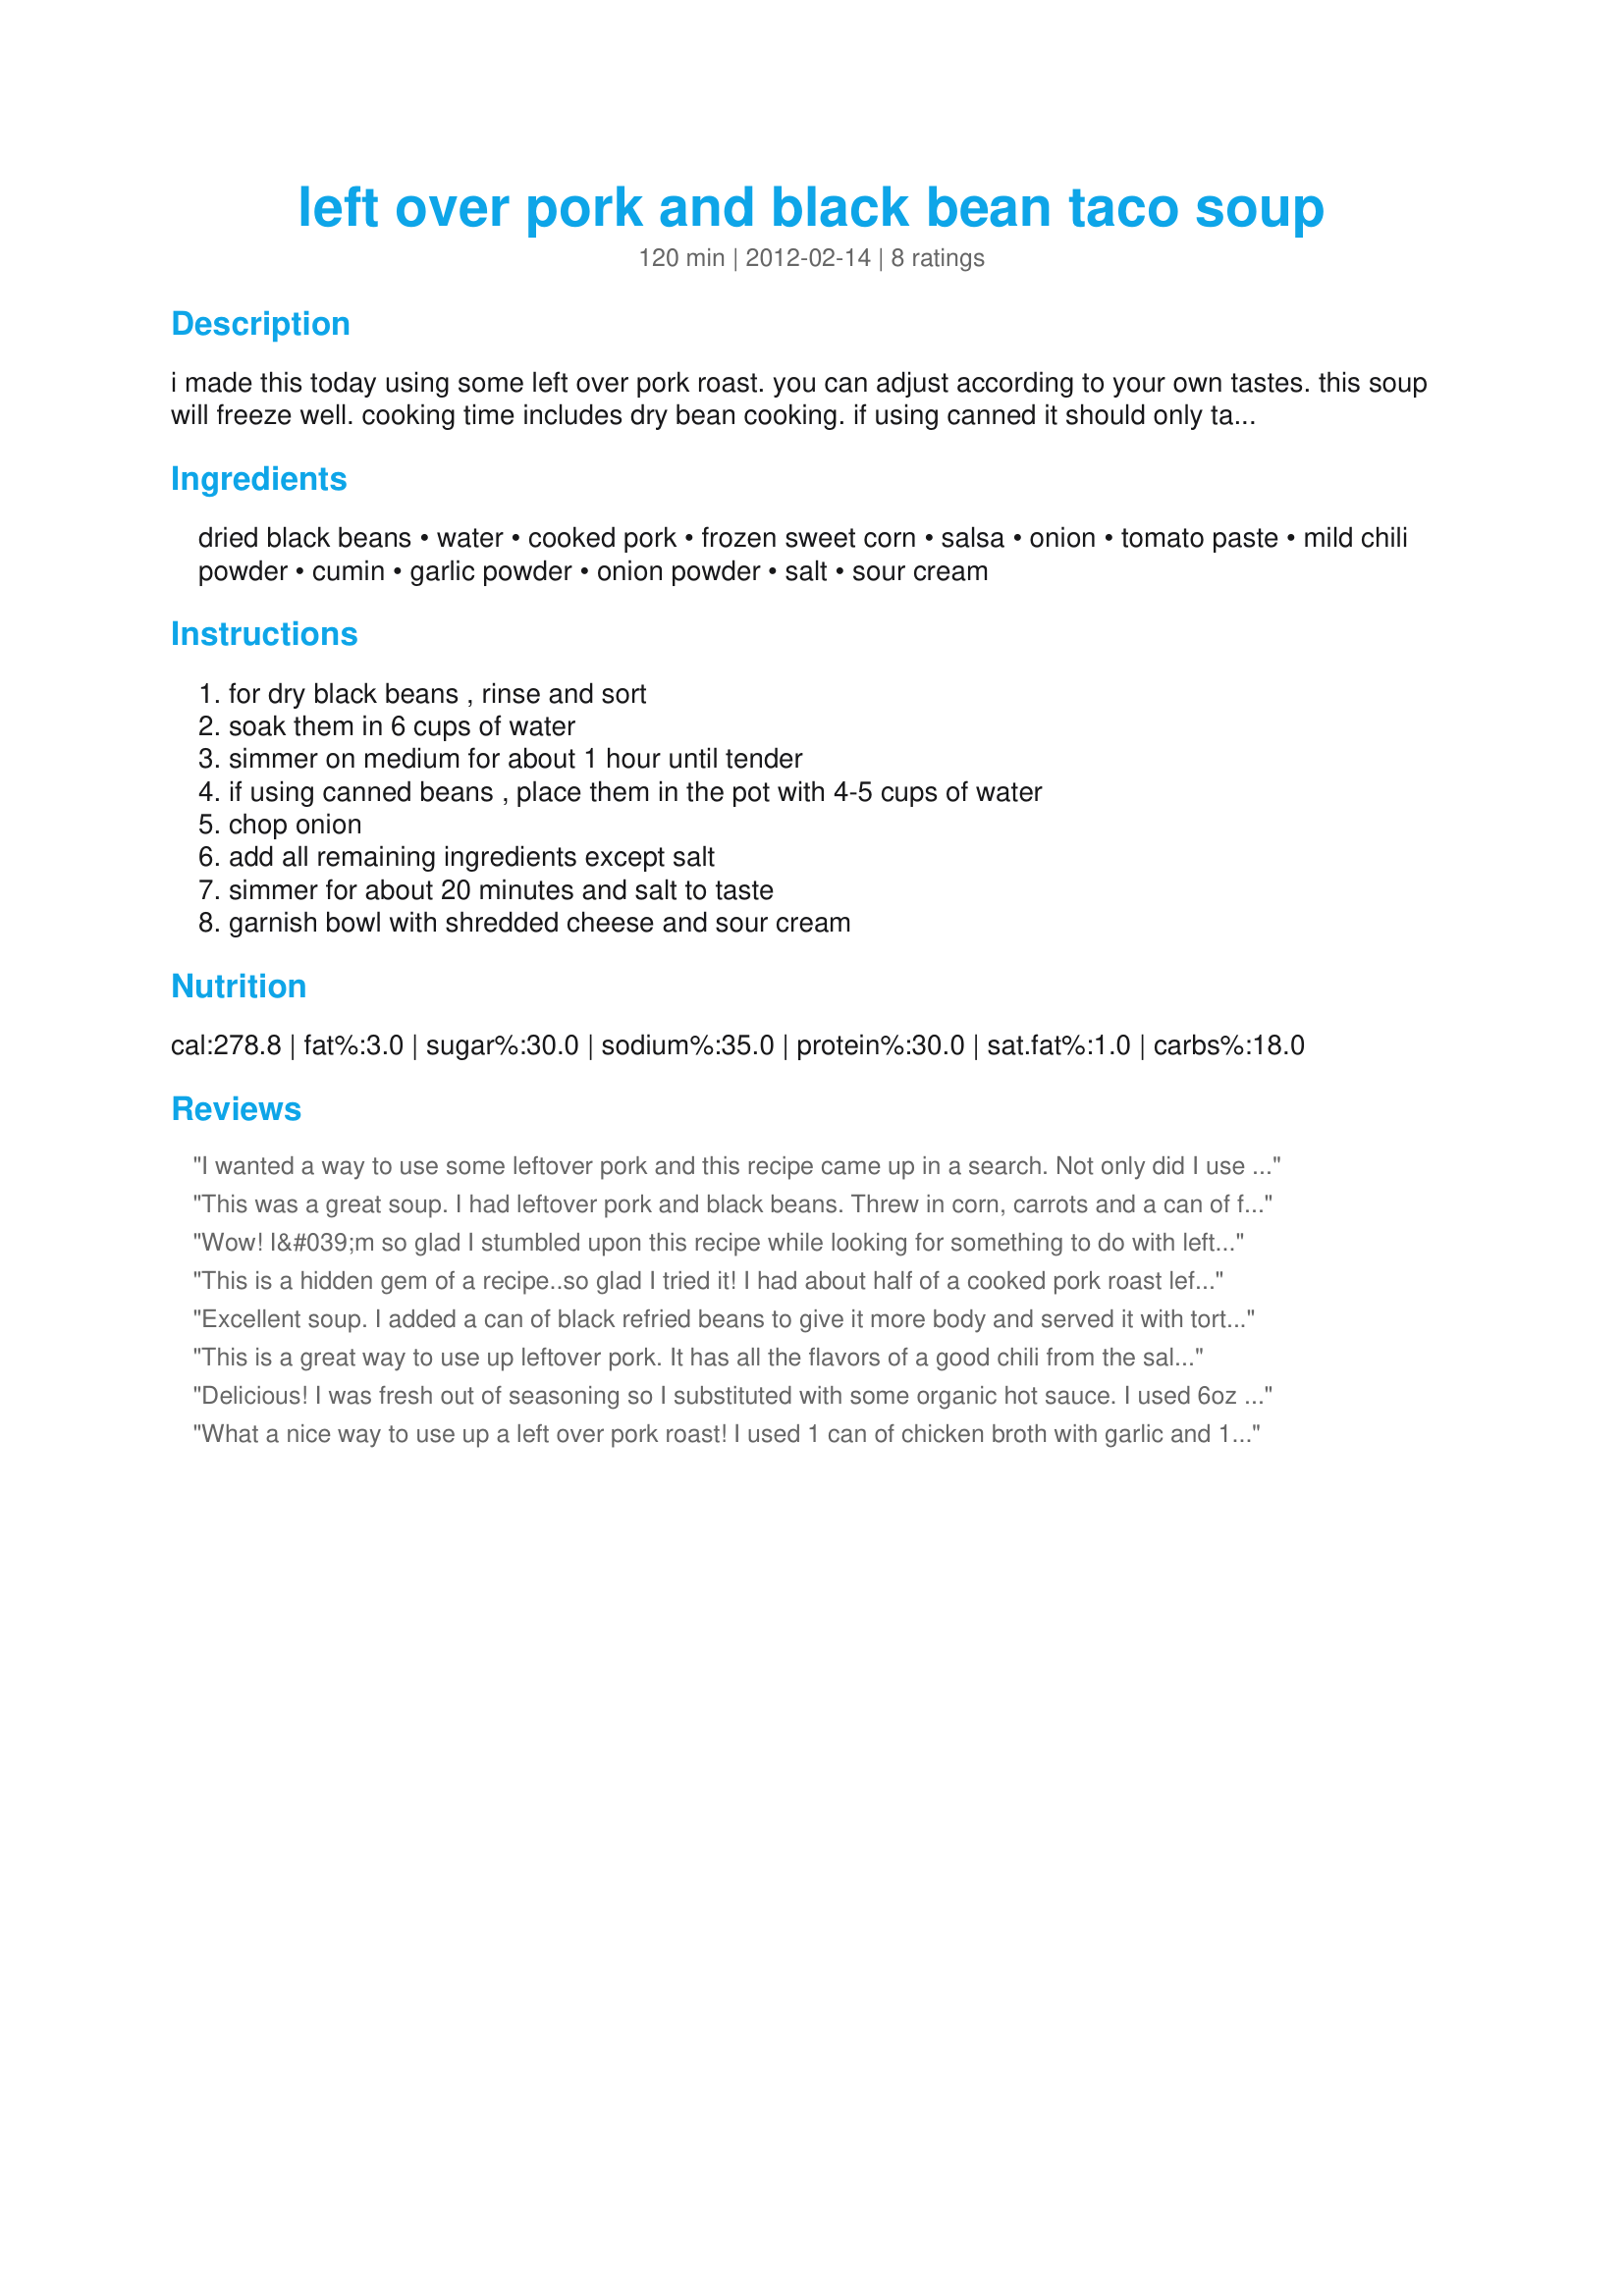
left over pork and black bean taco soup
Preparation time: 120 minutes

i made this today using some left over pork roast. you can adjust according to your own tastes. this soup will freeze well. cooking time includes dry bean cooking. if using canned it should only take 20 minutes.

Ingredients:
dried black beans, water, cooked pork, frozen sweet corn, salsa, onion, tomato paste, mild chili powder, cumin, garlic powder, onion powder, salt, sour cream

Steps:
for dry black beans , rinse and sort, soak them in 6 cups of water, simmer on medium for about 1 hour until tender, if using canned beans , place them in the pot with 4-5 cups of water, chop onion, add all remaining ingredients except salt, simmer for about 20 minutes and salt to taste, garnish bowl with shredded cheese and sour cream

Reviews:
I wanted a way to use some leftover pork and this recipe came up in a search. Not only did I use my leftover pork, but I also had all the ingredients on hand. I used canned beans and chicken bouillon. Most importantly the soup went together easily and tasted really good, a keeper.
This was a great soup. I had leftover pork and black beans. Threw in corn, carrots and a can of fire roasted tomatoes ?? (instead of the tomato paste since I only had cans and the squeeze tube was empty. The addition of the cumin and chili powder was a nice touch. I used homemade chicken bone broth instead of water. Great stuff and you can use whatever you have on hand. Oh, and I cooked it in my Instant Pot for 12 minutes. Yum.
Wow! I&#039;m so glad I stumbled upon this recipe while looking for something to do with leftover pork roast! I served the soup with cheesy quesadillas and My teenaged boys loved it and said it filled them up (surprise). What a great, hearty soup for a weekday night! I will definately make this again.
This is a hidden gem of a recipe..so glad I tried it! I had about half of a cooked pork roast left and didn't really want BBQ sandwiches all week so when I found this, it seemed perfect. I used chicken stock and canned beans and cooked for about 45 min with a little masa harina so it was a nice thick soup. The leftovers probably won't make it to the freezer, but they might fill a few tortillas. This is the newest addition to my cookbook, thanks!
Excellent soup. I added a can of black refried beans to give it more body and served it with tortilla chips. This is a keeper.
This is a great way to use up leftover pork. It has all the flavors of a good chili from the salsa, cumin, and chili powder, and lots of texture from the corn and beans. I used chicken stock instead of water, but otherwise made as written. I'd like it to be a tad bit thicker, but that's easily solved with a bit of cornstarch and water. Yummy!
Delicious! I was fresh out of seasoning so I substituted with some organic hot sauce. I used 6oz of tomato paste and the consistency was perfect. My son finished the entire bowl!
What a nice way to use up a left over pork roast! I used 1 can of chicken broth with garlic and 1 can of beef broth in place of most of the water. Also had about 2 Tablespoons of tomato paste in the freezer, so I just used that in stead of the 4 Tablespoons called for. I rinsed and drained the canned black beans before adding to the pot, but other than that I followed the directions exactly. I found that I didn&#039;t even need to add any salt. A very tasty and forgiving recipe. I&#039;m sure my husband will love it!
